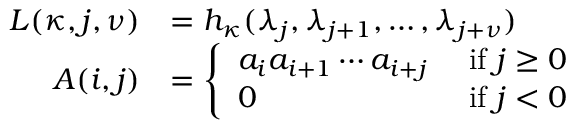
\begin{array} { r l } { L ( \kappa , j , \nu ) } & { = h _ { \kappa } ( \lambda _ { j } , \lambda _ { j + 1 } , \ldots , \lambda _ { j + \nu } ) } \\ { A ( i , j ) } & { = \left\{ \begin{array} { l l } { a _ { i } a _ { i + 1 } \cdots a _ { i + j } } & { \mathrm { ~ i f ~ } j \geq 0 } \\ { 0 } & { \mathrm { ~ i f ~ } j < 0 } \end{array} \right. } \end{array}